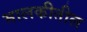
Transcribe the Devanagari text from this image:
मालकीतील